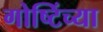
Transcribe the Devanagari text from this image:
गोष्टिंच्या